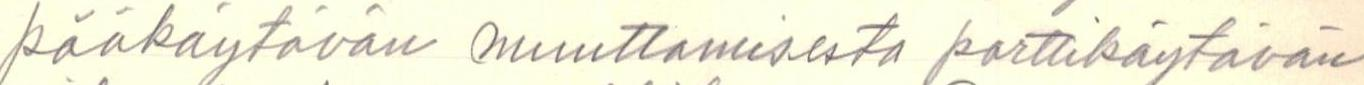
pääkäytävän muuttamisesta porttikäytävän